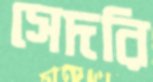
সেদরি